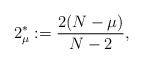
\begin{align*}2_{\mu}^*:=\frac{2(N-\mu)}{N-2},\end{align*}